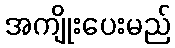
အကျိုးပေးမည်